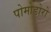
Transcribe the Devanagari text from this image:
पोमोडोरो